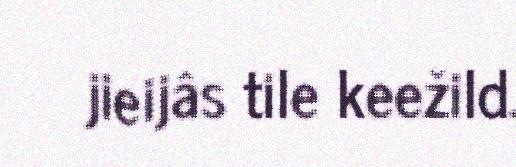
jieijâs tile keežild.